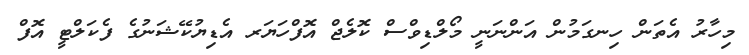
މިހާރު އެތަން ހިނގަމުން އަންނަނީ މޯލްޑިވްސް ކޮލެޖް އޮފްހަޔަރ އެޑިޔުކޭޝަނުގެ ފެކަލްޓީ އޮފް